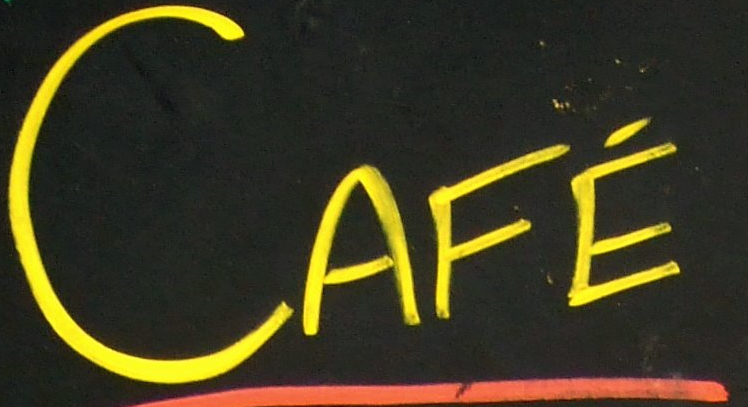
CAFE